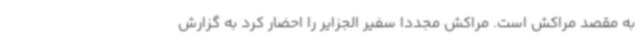
به مقصد مراکش است. مراکش مجددا سفیر الجزایر را احضار کرد به گزارش